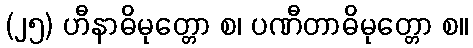
(၂၅) ဟီနာဓိမုတ္တော စ၊ ပဏီတာဓိမုတ္တော စ။